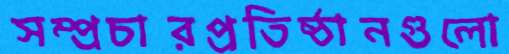
সম্প্রচারপ্রতিষ্ঠানগুলো